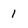
Character: 1